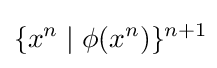
\{x^{n}\mid \phi (x^{n})\}^{n+1}\!